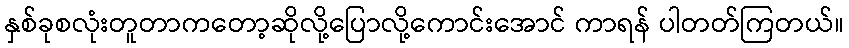
နှစ်ခုစလုံးတူတာကတော့ဆိုလို့ပြောလို့ကောင်းအောင် ကာရန် ပါတတ်ကြတယ်။